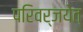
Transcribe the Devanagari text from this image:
परिवर्जयेत्